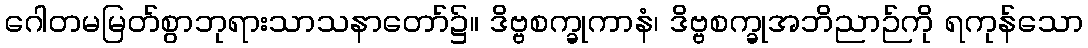
ဂေါတမမြတ်စွာဘုရားသာသနာတော်၌။ ဒိဗ္ဗစက္ခုကာနံ၊ ဒိဗ္ဗစက္ခုအဘိညာဉ်ကို ရကုန်သော